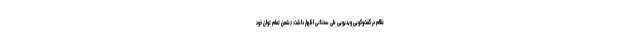
نظام در گفت‌وگویی ویدیویی طی سخنانی اظهار داشت: دشمن تمام توان خود